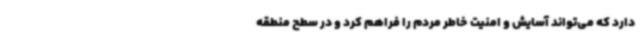
دارد که می‌تواند آسایش و امنیت خاطر مردم را فراهم کرد و در سطح منطقه